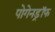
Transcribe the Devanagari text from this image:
पोगेनड्रॉफ